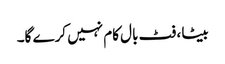
بیٹا ، فٹ بال کام نہیں کرے گا۔